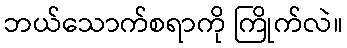
ဘယ်သောက်စရာကို ကြိုက်လဲ။